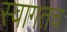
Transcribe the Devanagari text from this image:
स्‍वागतच